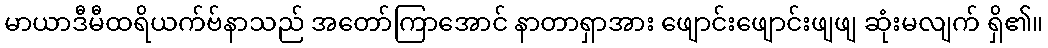
မာယာဒီမီထရိယက်ဗ်နာသည် အတော်ကြာအောင် နာတာရှာအား ဖျောင်းဖျောင်းဖျဖျ ဆုံးမလျက် ရှိ၏။